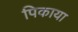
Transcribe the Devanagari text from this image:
पिकाया